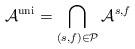
LaTeX: \begin{align*}\mathcal{A}^\mathrm{uni} = \bigcap_{(s,f)\in\mathcal{P}} \mathcal{A}^{s,f}\end{align*}